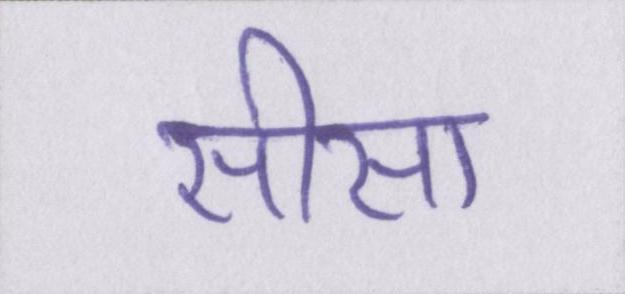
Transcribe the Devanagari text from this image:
सीसा